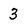
Character: 3